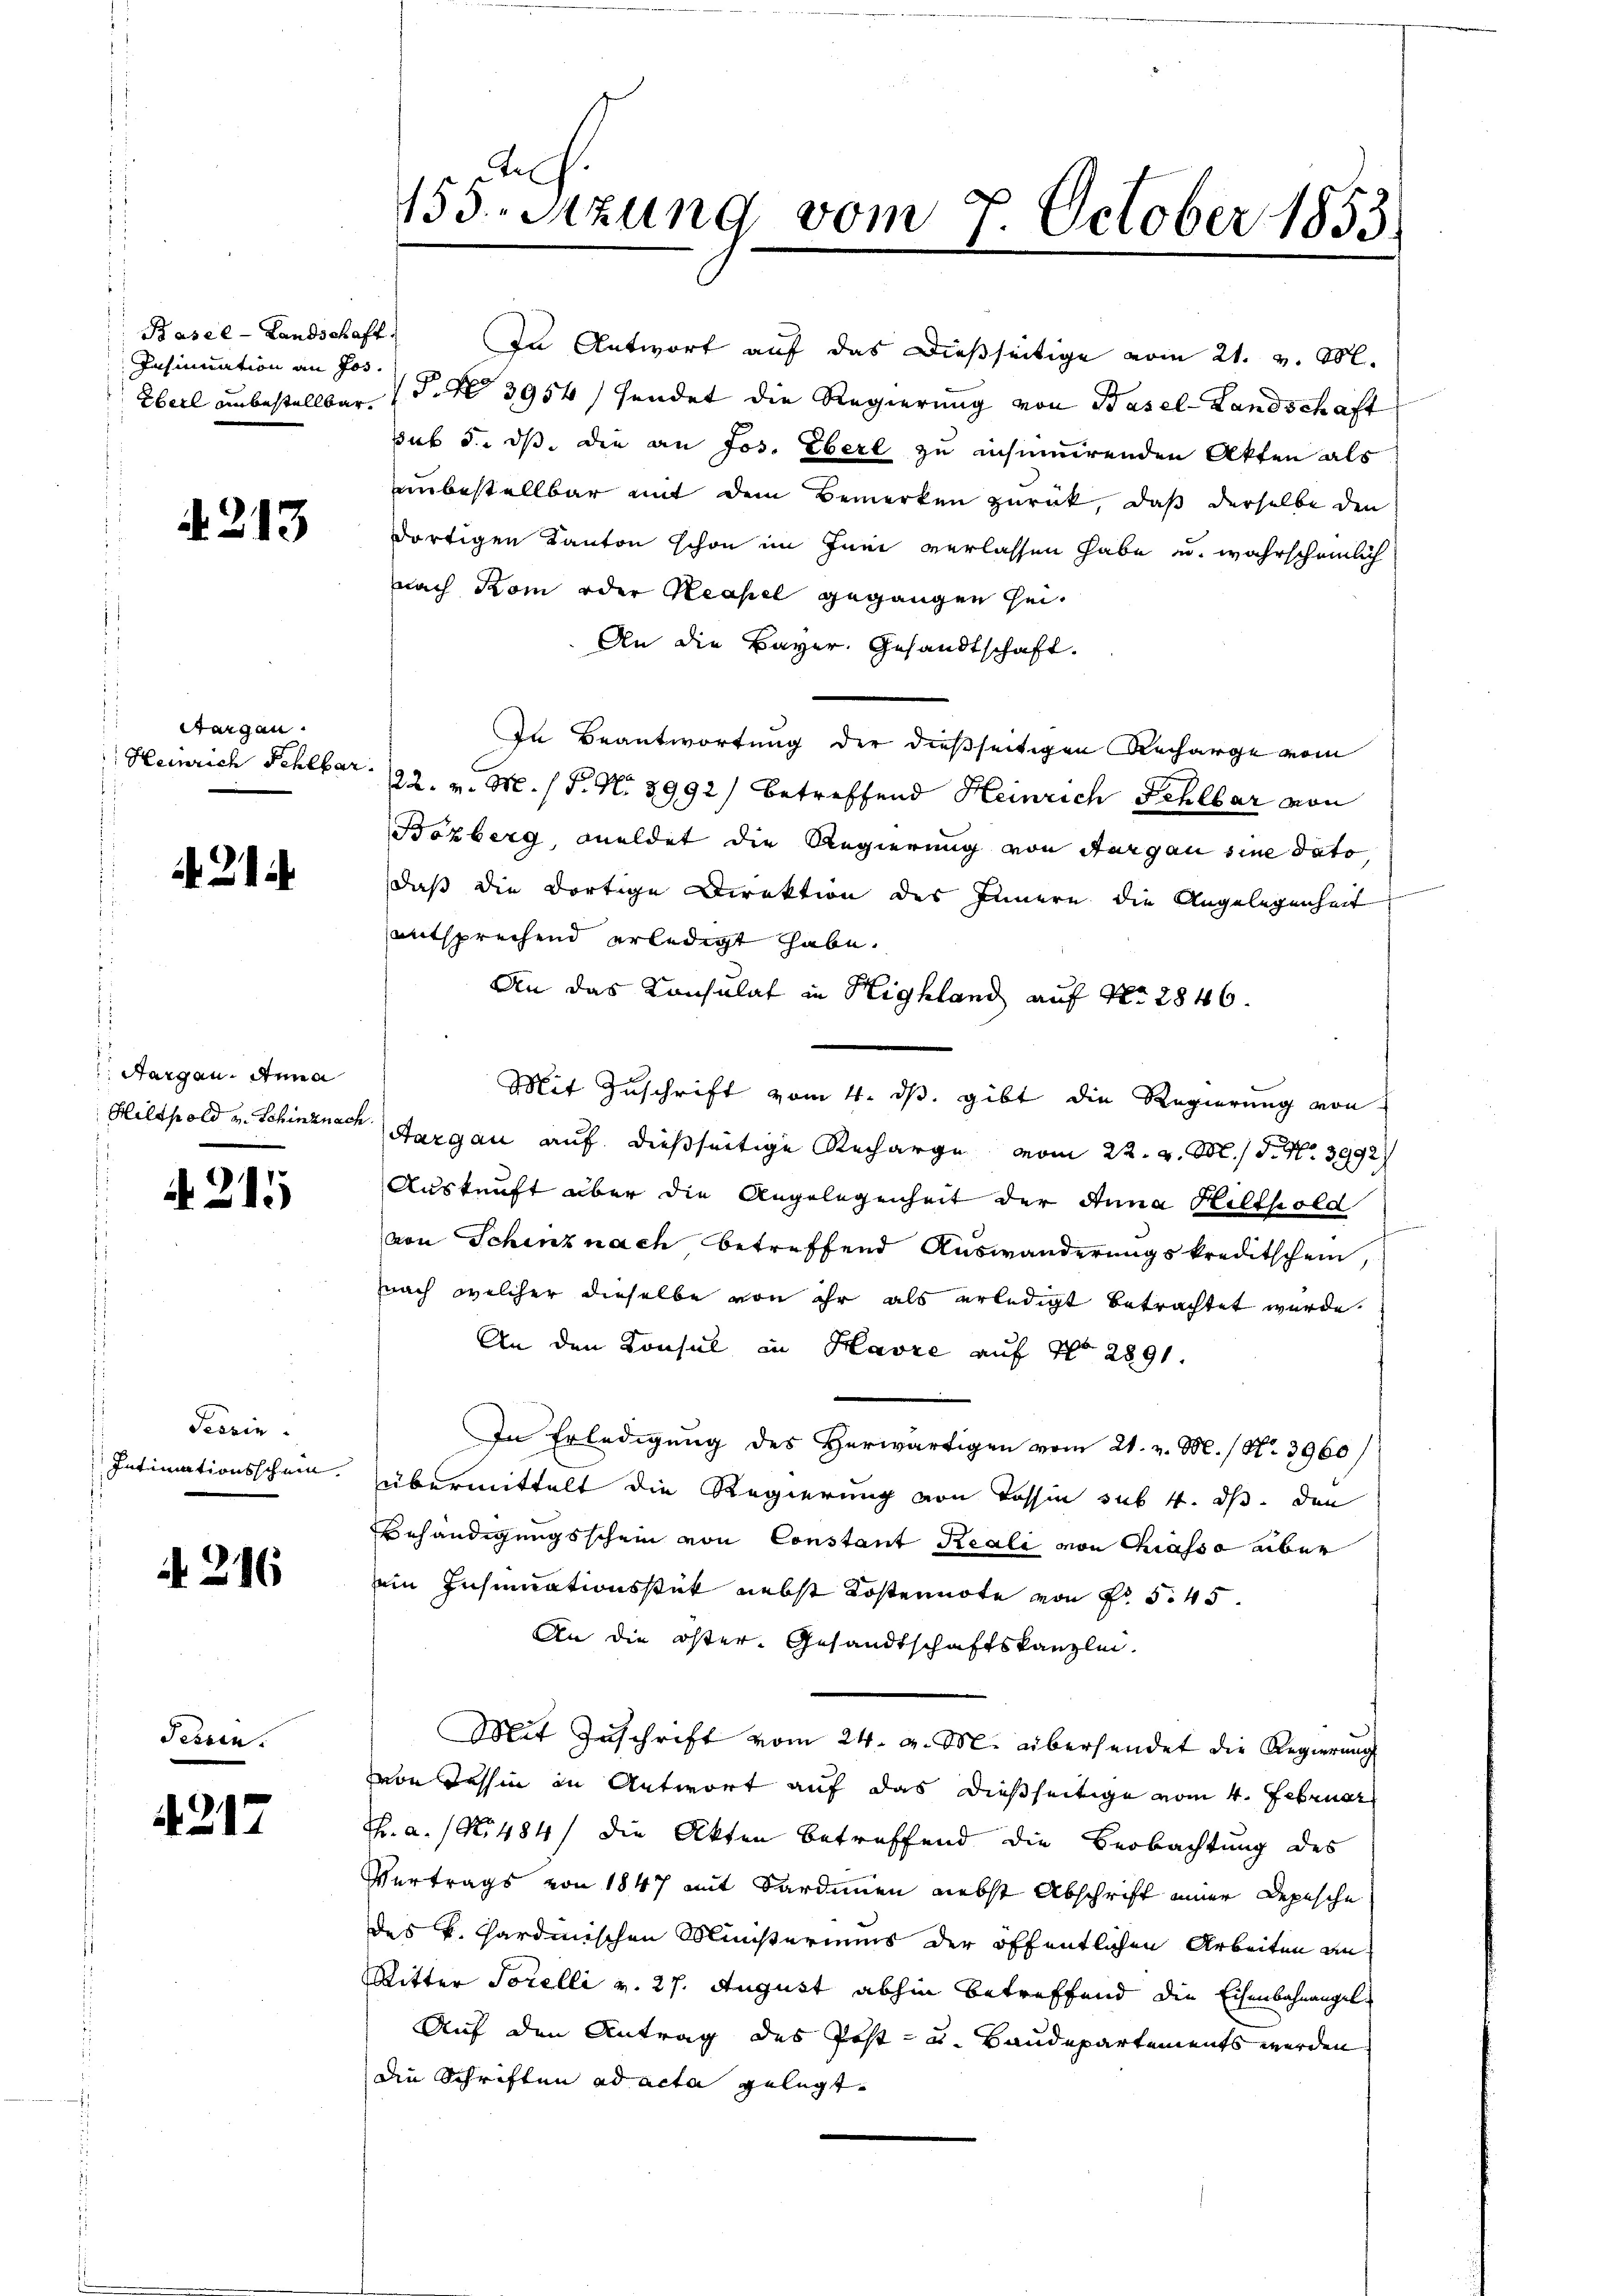
Basel-Landschaft
Insinuation an Jos.

4213

Sorgen.
t

A 21

Aargau. Anna

A. 215

Tessin
Intimationsschein.

216

Fessen.

4217

155. Setzung vom 7. October 1853.

In Antwort auf das dießseitige vom 21. v. M.
Eberl unbestellbar P. No 3954/ sendet die Regierung von Basel-Landschaft
sub d. dß die an Jos. Eberl zu insumirenden Akten als
unbestellbar mit dem Bemerken zurück, daß derselbe den
dortigen Kanton schon im Juni verlassen habe u. wahrscheinlich
nach Rom oder Neapel gegangen sei¬
An die Bayer. Gesandtschaft.
In Beantwortung der dießseitigen Recharge vom
 Heinrich Fehlbar. 22. v. M. h. T. N. 8992) betreffend Heinrich Fehlbar von
Bözberg, Feldet die Regierung von Aargau sine dato,
daß die dortige Direktion des Innern die Angelegenheit
entsprechend erledigt habe.
An das Konsulat in Highland auf Nr. 2846.
Mit Zuschrift vom 4. ds. gibt die Regierung von
Hilthold u. Schinznach Aargau auf dießseitige Recharge vom 22. v. M. / 5. No 3992
Auskunft aber die Angelegenheit der Anna Hilthold
u
von Schinz nach betreffend Auswanderungskreditschein,
nach welcher dieselbe von ihr als erledigt betrachtet wurde.
An den Konsul in Havre auf No 2891
In Erledigung des Herwärtigen vom 21. v. M. / No. 3960
übermittelt die Regierung von Tessin sub 4. ds. den
Behändigungsschein von Constant Reale von Chiasso aber
ein Insinuationsstük nebst Kostennote von Fr. 545.
An die öster- Gesandtschaftskanzlei.
Mit Zuschrift vom 24. d. M. übersendet die Regierung
von dessin in Antwort auf das dießseitige vom 4. Februar
Th. a. (No 484) die Akten betreffend die Beobachtung des
Vertrags von 1847 mit Sardinen nebst Abschrift einer Depesche
des k. Kardinischen Ministeriums der öffentlichen Arbeiten an
Ritter Sorelli v. 27. August abhin betreffend die Eisenbahnangel
Auf den Antrag des Post- u. Baudepartements werden
Die Schriften ad acta gelegt.